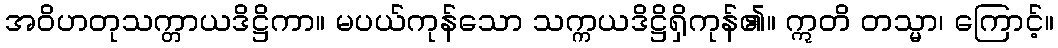
အဝိဟတုသက္တာယဒိဋ္ဌိကာ။ မပယ်ကုန်သော သက္ကယဒိဋ္ဌိရှိကုန်၏။ ဣတိ တသ္မာ၊ ကြောင့်။